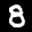
Label: 8